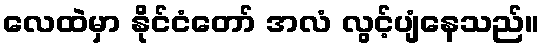
လေထဲမှာ နိုင်ငံတော် အလံ လွင့်ပျံနေသည်။